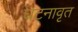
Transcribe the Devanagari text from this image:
घटनावृत